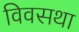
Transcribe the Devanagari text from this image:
विवसथा